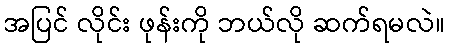
အပြင် လိုင်း ဖုန်းကို ဘယ်လို ဆက်ရမလဲ။